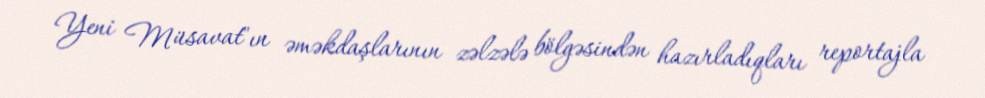
Yeni Müsavat"ın əməkdaşlarının zəlzələ bölgəsindən hazırladıqları reportajla